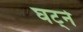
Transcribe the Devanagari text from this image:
घट्ने